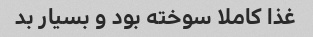
غذا کاملا سوخته بود و بسیار بد